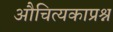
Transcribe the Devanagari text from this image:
औचित्यकाप्रश्न